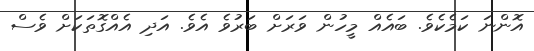
އޮންނަ ކަމެކެވެ. ބައެއް މީހުން ވަރަށް ބަރުވެ އެވެ. އަދި އެއްގޮތަކަށް ވެސް